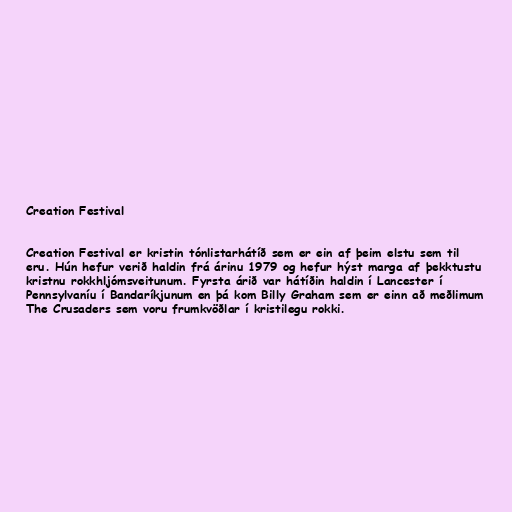
Creation Festival

Creation Festival er kristin tónlistarhátíð sem er ein af þeim elstu sem til
eru. Hún hefur verið haldin frá árinu 1979 og hefur hýst marga af þekktustu
kristnu rokkhljómsveitunum. Fyrsta árið var hátíðin haldin í Lancester í
Pennsylvaníu í Bandaríkjunum en þá kom Billy Graham sem er einn að meðlimum
The Crusaders sem voru frumkvöðlar í kristilegu rokki.